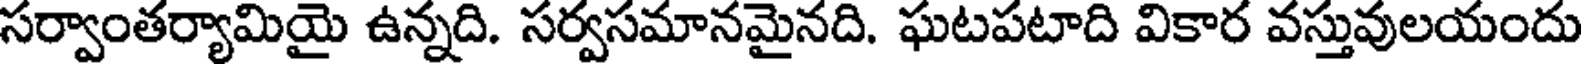
సర్వాంతర్యామియై ఉన్నది. సర్వసమానమైనది. ఘటపటాది వికార వస్తువులయందు